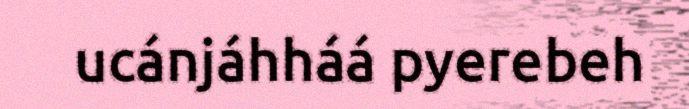
ucánjáhháá pyerebeh